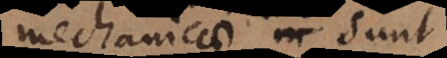
mechanicae sunt